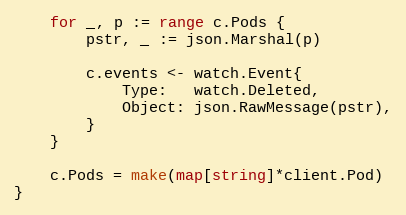
Language: Go
	for _, p := range c.Pods {
		pstr, _ := json.Marshal(p)

		c.events <- watch.Event{
			Type:   watch.Deleted,
			Object: json.RawMessage(pstr),
		}
	}

	c.Pods = make(map[string]*client.Pod)
}